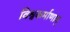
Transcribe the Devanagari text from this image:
विश्वकर्माणाम्